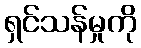
ရှင်သန်မှုကို